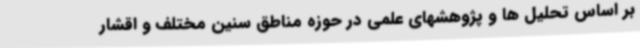
بر اساس تحلیل ها و پژوهشهای علمی در حوزه مناطق سنین مختلف و اقشار